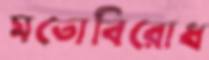
মতোবিরোধ